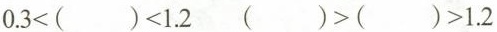
$$0.3<()<1.2$$ $$()>()>1.2$$